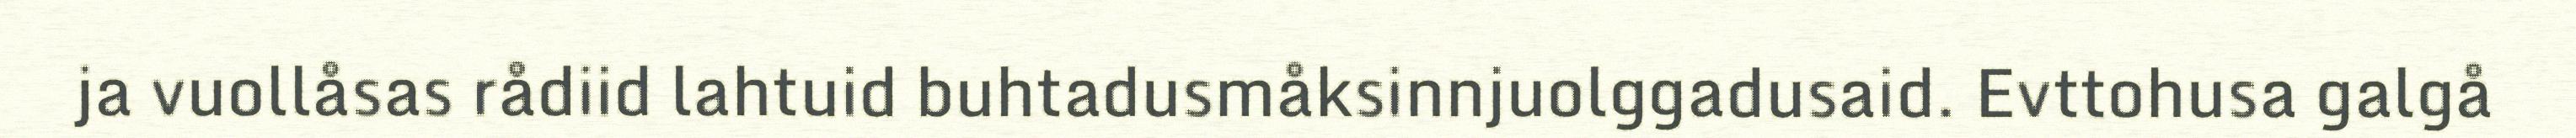
ja vuollåsas rådiid lahtuid buhtadusmåksinnjuolggadusaid. Evttohusa galgå